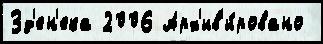
Зд'ен'ека 2006 Арх'ив'и́ровано